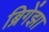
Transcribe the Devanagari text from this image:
ब्रिगेंझा